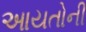
આયતોની